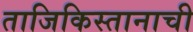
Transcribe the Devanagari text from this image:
ताजिकिस्तानाची